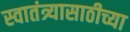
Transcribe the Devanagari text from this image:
स्वातंत्र्यासाठीच्या